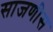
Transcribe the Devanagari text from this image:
साजणीस